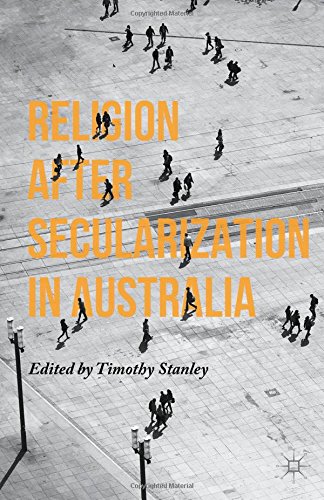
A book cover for Religion after Secularization in Australia; Religion & Spirituality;